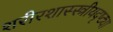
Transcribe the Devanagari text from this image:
शरीरशास्स्त्रीयदृष्ट्या